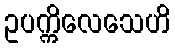
ဥပက္ကိလေသေဟိ